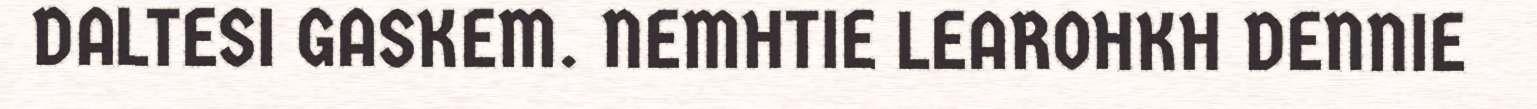
DALTESI GASKEM. NEMHTIE LEAROHKH DENNIE